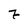
Character: 7